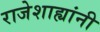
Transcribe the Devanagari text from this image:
राजेशाह्यांनी